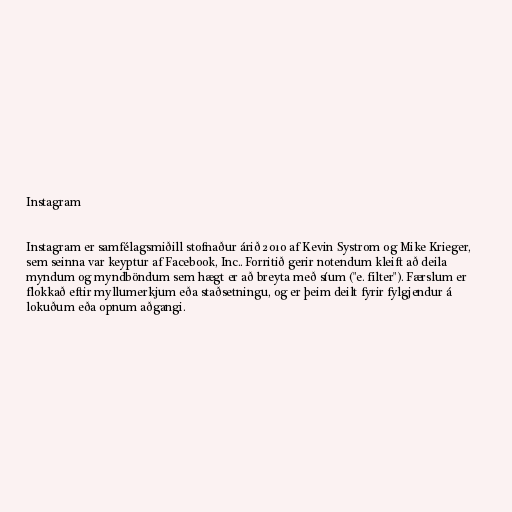
Instagram

Instagram er samfélagsmiðill stofnaður árið 2010 af Kevin Systrom og Mike Krieger,
sem seinna var keyptur af Facebook, Inc.. Forritið gerir notendum kleift að deila
myndum og myndböndum sem hægt er að breyta með síum ("e. filter"). Færslum er
flokkað eftir myllumerkjum eða staðsetningu, og er þeim deilt fyrir fylgjendur á
lokuðum eða opnum aðgangi.